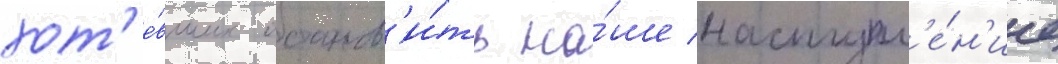
хот'е́вших останов'и́ть на́ше наступл'е́н'ие